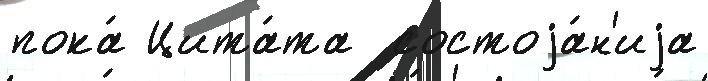
пока́ Цита́та  состоjа́н'иjа